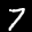
Label: 7